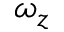
\omega _ { z }